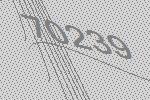
70239